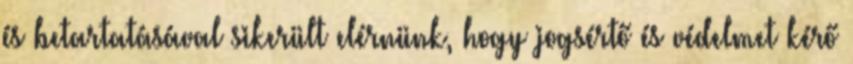
és betartatásával sikerült elérnünk, hogy jogsértő és védelmet kérő